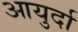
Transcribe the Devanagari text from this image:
आयुर्दा